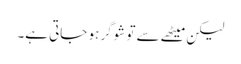
لیکن میٹھے سے تو شوگر ہو جاتی ہے۔